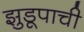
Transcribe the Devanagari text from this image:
झुडूपाची